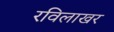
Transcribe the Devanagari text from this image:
रविलाखर